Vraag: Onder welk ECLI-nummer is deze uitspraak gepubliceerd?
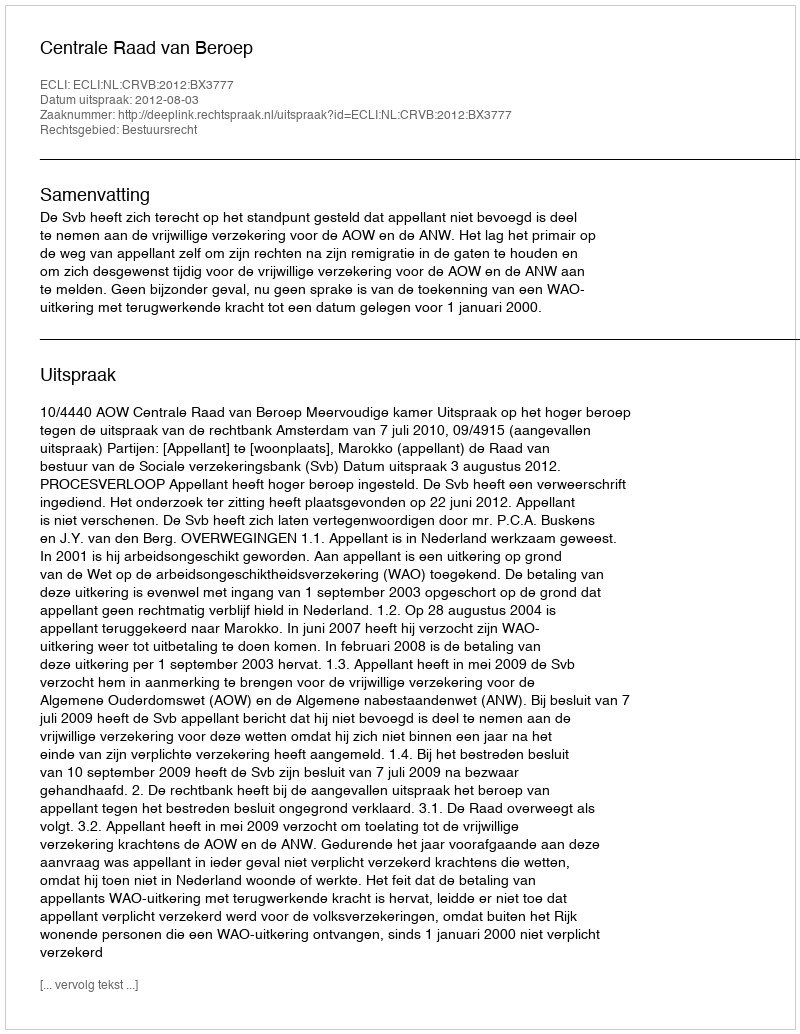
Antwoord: ECLI:NL:CRVB:2012:BX3777